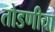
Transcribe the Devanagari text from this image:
तोडणीचा